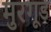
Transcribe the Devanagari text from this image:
मुरगूड